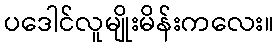
ပဒေါင်လူမျိုးမိန်းကလေး။